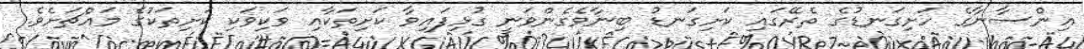
އިންސާނާގެ ހަށިގަނޑުގެ ތެރޭގައި ކަށިގަނޑު ބިނާވެގެންވަނީ ގުޅިފައިވާ ކަށިތަކާއި ވަކިވަކި ކަށިތަކުގެ މައްޗަށެވެ.